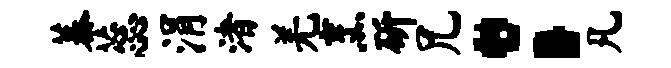
蓁蕊涓渚羌烹斫兄：凡